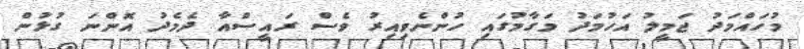
މުހައްމަދު ޖަމީލު އަހުމަދު މަގާމުގައި ހުންނެވިއިރު ވެސް ރައީސްއާ ދެމެދު އޮންނަ ގުޅުން